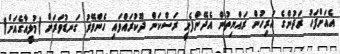
އެއަށްފަހު ރަދުންގެ އަރިހުން ރައްޔިތުން އެދޭންފެށީ ރަސްކަން ދޫކުރައްވައި ހެންވޭރު ގަނޑުވަރަށް (މުލީއާގެއަށް)